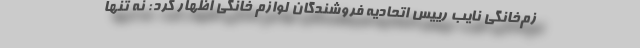
زم‌خانگی نایب رییس اتحادیه فروشندگان لوازم خانگی اظهار کرد: نه تنها